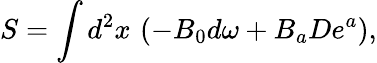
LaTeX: S=\int d^{2}x\, \left(-B_{0}d\omega+B_{a}De^{a}\right),